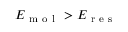
E _ { \mathrm { ~ m ~ o ~ l ~ } } > E _ { \mathrm { ~ r ~ e ~ s ~ } }